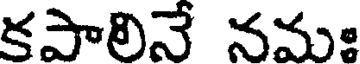
కపాలినే నమః